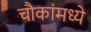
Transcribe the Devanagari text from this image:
चौकांमध्ये